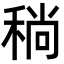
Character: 𬓮